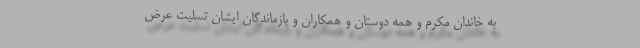
به خاندان مکرم و همه دوستان و همکاران و بازماندگان ایشان تسلیت عرض